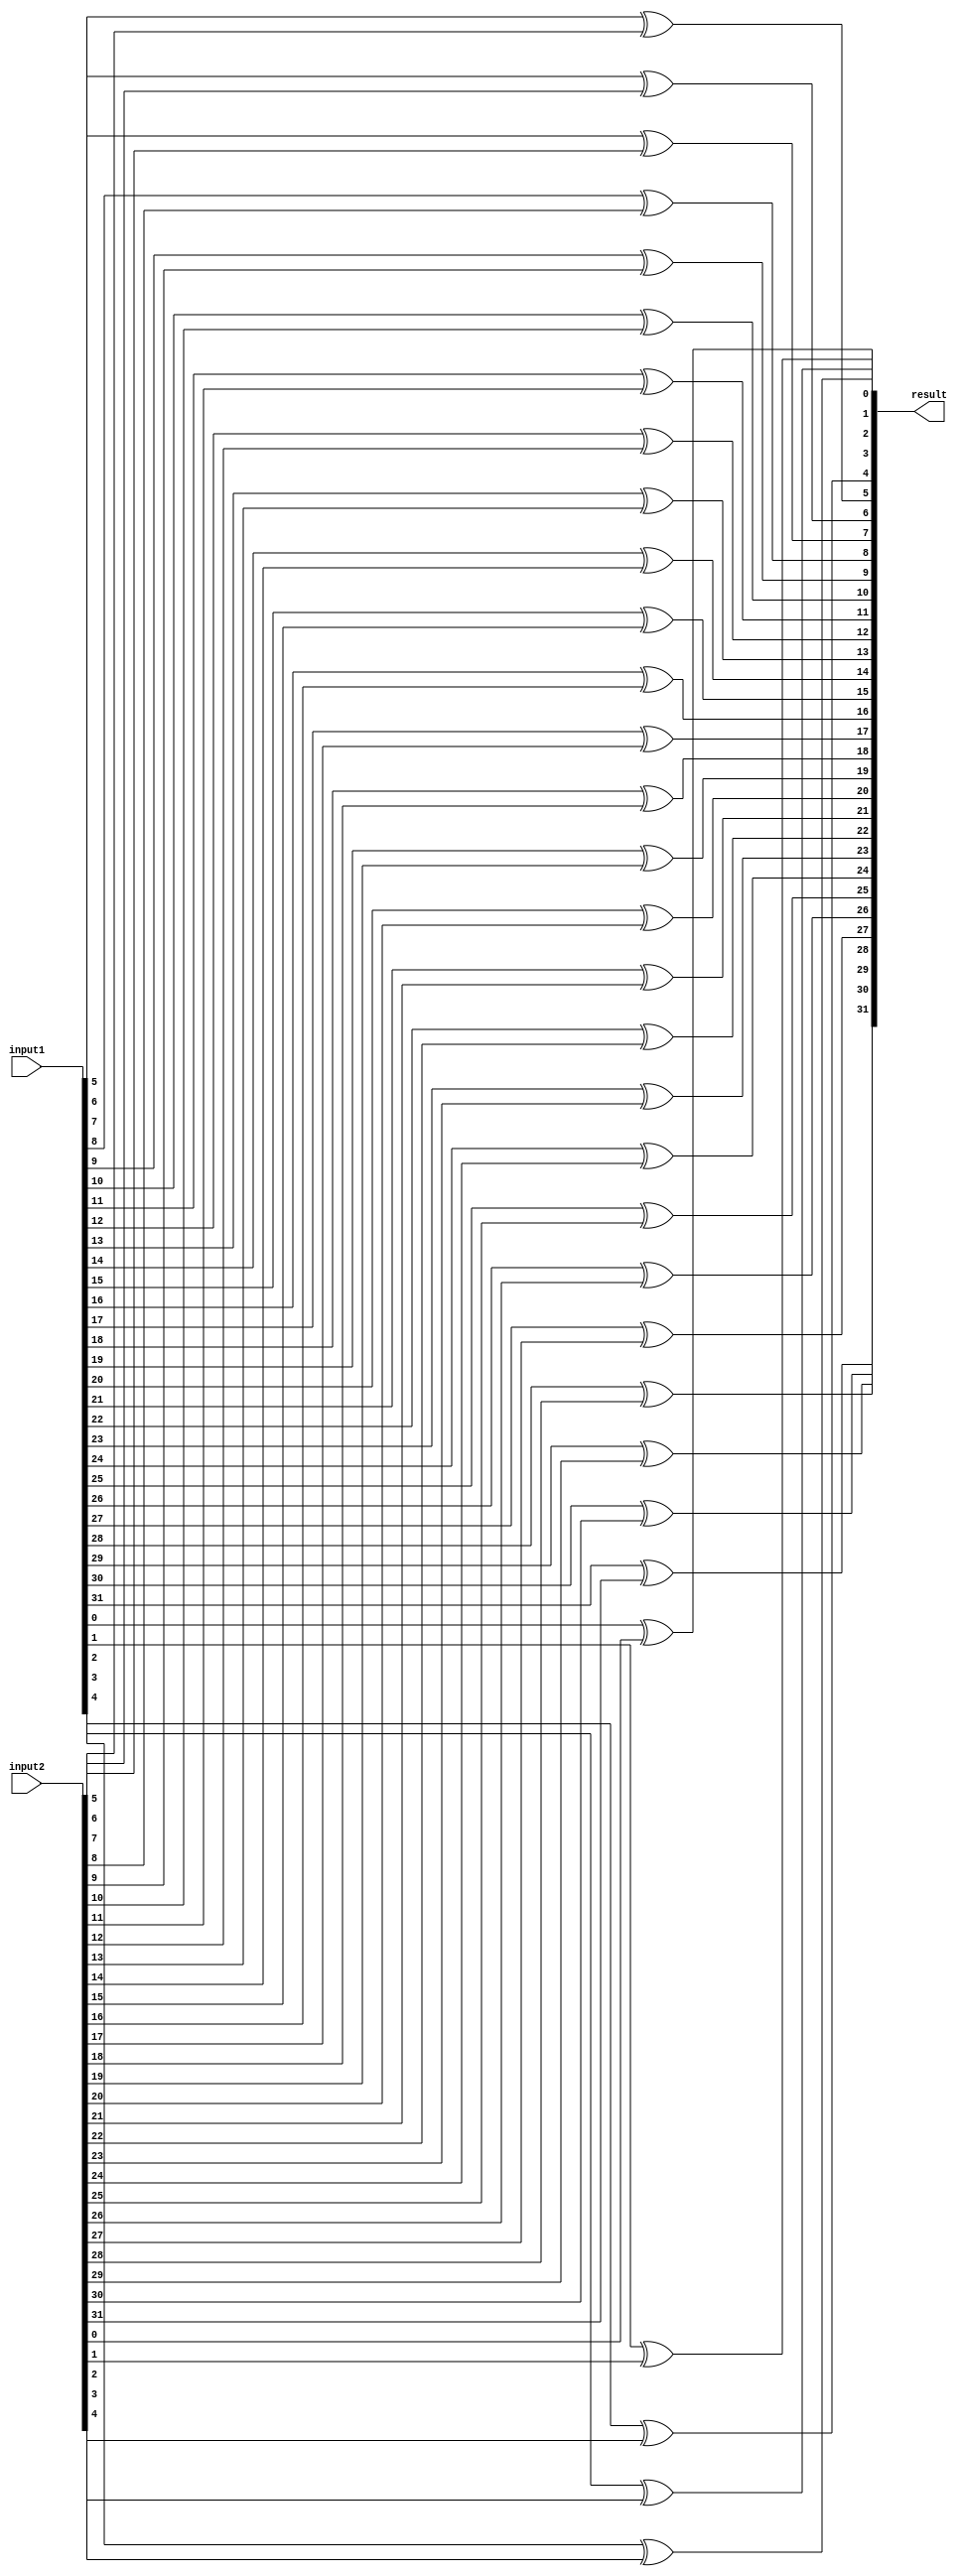
module XOR_32(result,input1,input2);
input [31:0] input1,input2;
output [31:0] result;

xor xor0(result[0],input1[0],input2[0]);
xor xor1(result[1],input1[1],input2[1]);
xor xor2(result[2],input1[2],input2[2]);
xor xor3(result[3],input1[3],input2[3]);
xor xor4(result[4],input1[4],input2[4]);
xor xor5(result[5],input1[5],input2[5]);
xor xor6(result[6],input1[6],input2[6]);
xor xor7(result[7],input1[7],input2[7]);
xor xor8(result[8],input1[8],input2[8]);
xor xor9(result[9],input1[9],input2[9]);
xor xor10(result[10],input1[10],input2[10]);
xor xor11(result[11],input1[11],input2[11]);
xor xor12(result[12],input1[12],input2[12]);
xor xor13(result[13],input1[13],input2[13]);
xor xor14(result[14],input1[14],input2[14]);
xor xor15(result[15],input1[15],input2[15]);
xor xor16(result[16],input1[16],input2[16]);
xor xor17(result[17],input1[17],input2[17]);
xor xor18(result[18],input1[18],input2[18]);
xor xor19(result[19],input1[19],input2[19]);
xor xor20(result[20],input1[20],input2[20]);
xor xor21(result[21],input1[21],input2[21]);
xor xor22(result[22],input1[22],input2[22]);
xor xor23(result[23],input1[23],input2[23]);
xor xor24(result[24],input1[24],input2[24]);
xor xor25(result[25],input1[25],input2[25]);
xor xor26(result[26],input1[26],input2[26]);
xor xor27(result[27],input1[27],input2[27]);
xor xor28(result[28],input1[28],input2[28]);
xor xor29(result[29],input1[29],input2[29]);
xor xor30(result[30],input1[30],input2[30]);
xor xor31(result[31],input1[31],input2[31]);

endmodule